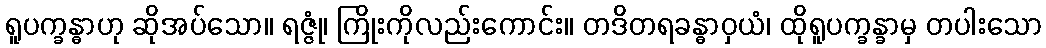
ရူပက္ခန္ဓာဟု ဆိုအပ်သော။ ရဇ္ဇုံ၊ ကြိုးကိုလည်းကောင်း။ တဒိတရခန္ဓာဝှယံ၊ ထိုရူပက္ခန္ခာမှ တပါးသော